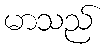
မာသည်